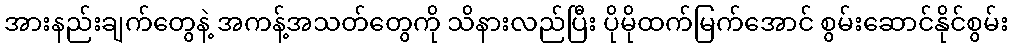
အားနည်းချက်တွေနဲ့ အကန့်အသတ်တွေကို သိနားလည်ပြီး ပိုမိုထက်မြက်အောင် စွမ်းဆောင်နိုင်စွမ်း